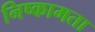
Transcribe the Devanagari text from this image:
निष्कामता